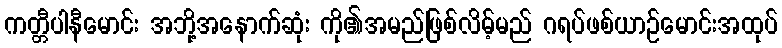
ကတ္တီပါနီမောင်း အဘို့အနောက်ဆုံး ကို၏အမည်ဖြစ်လိမ့်မည် ဂရပ်ဖစ်ယာဉ်မောင်းအထုပ်